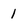
Character: 1